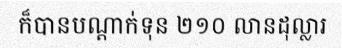
ក៏បានបណ្តាក់ទុន ២១០ លានដុល្លារ